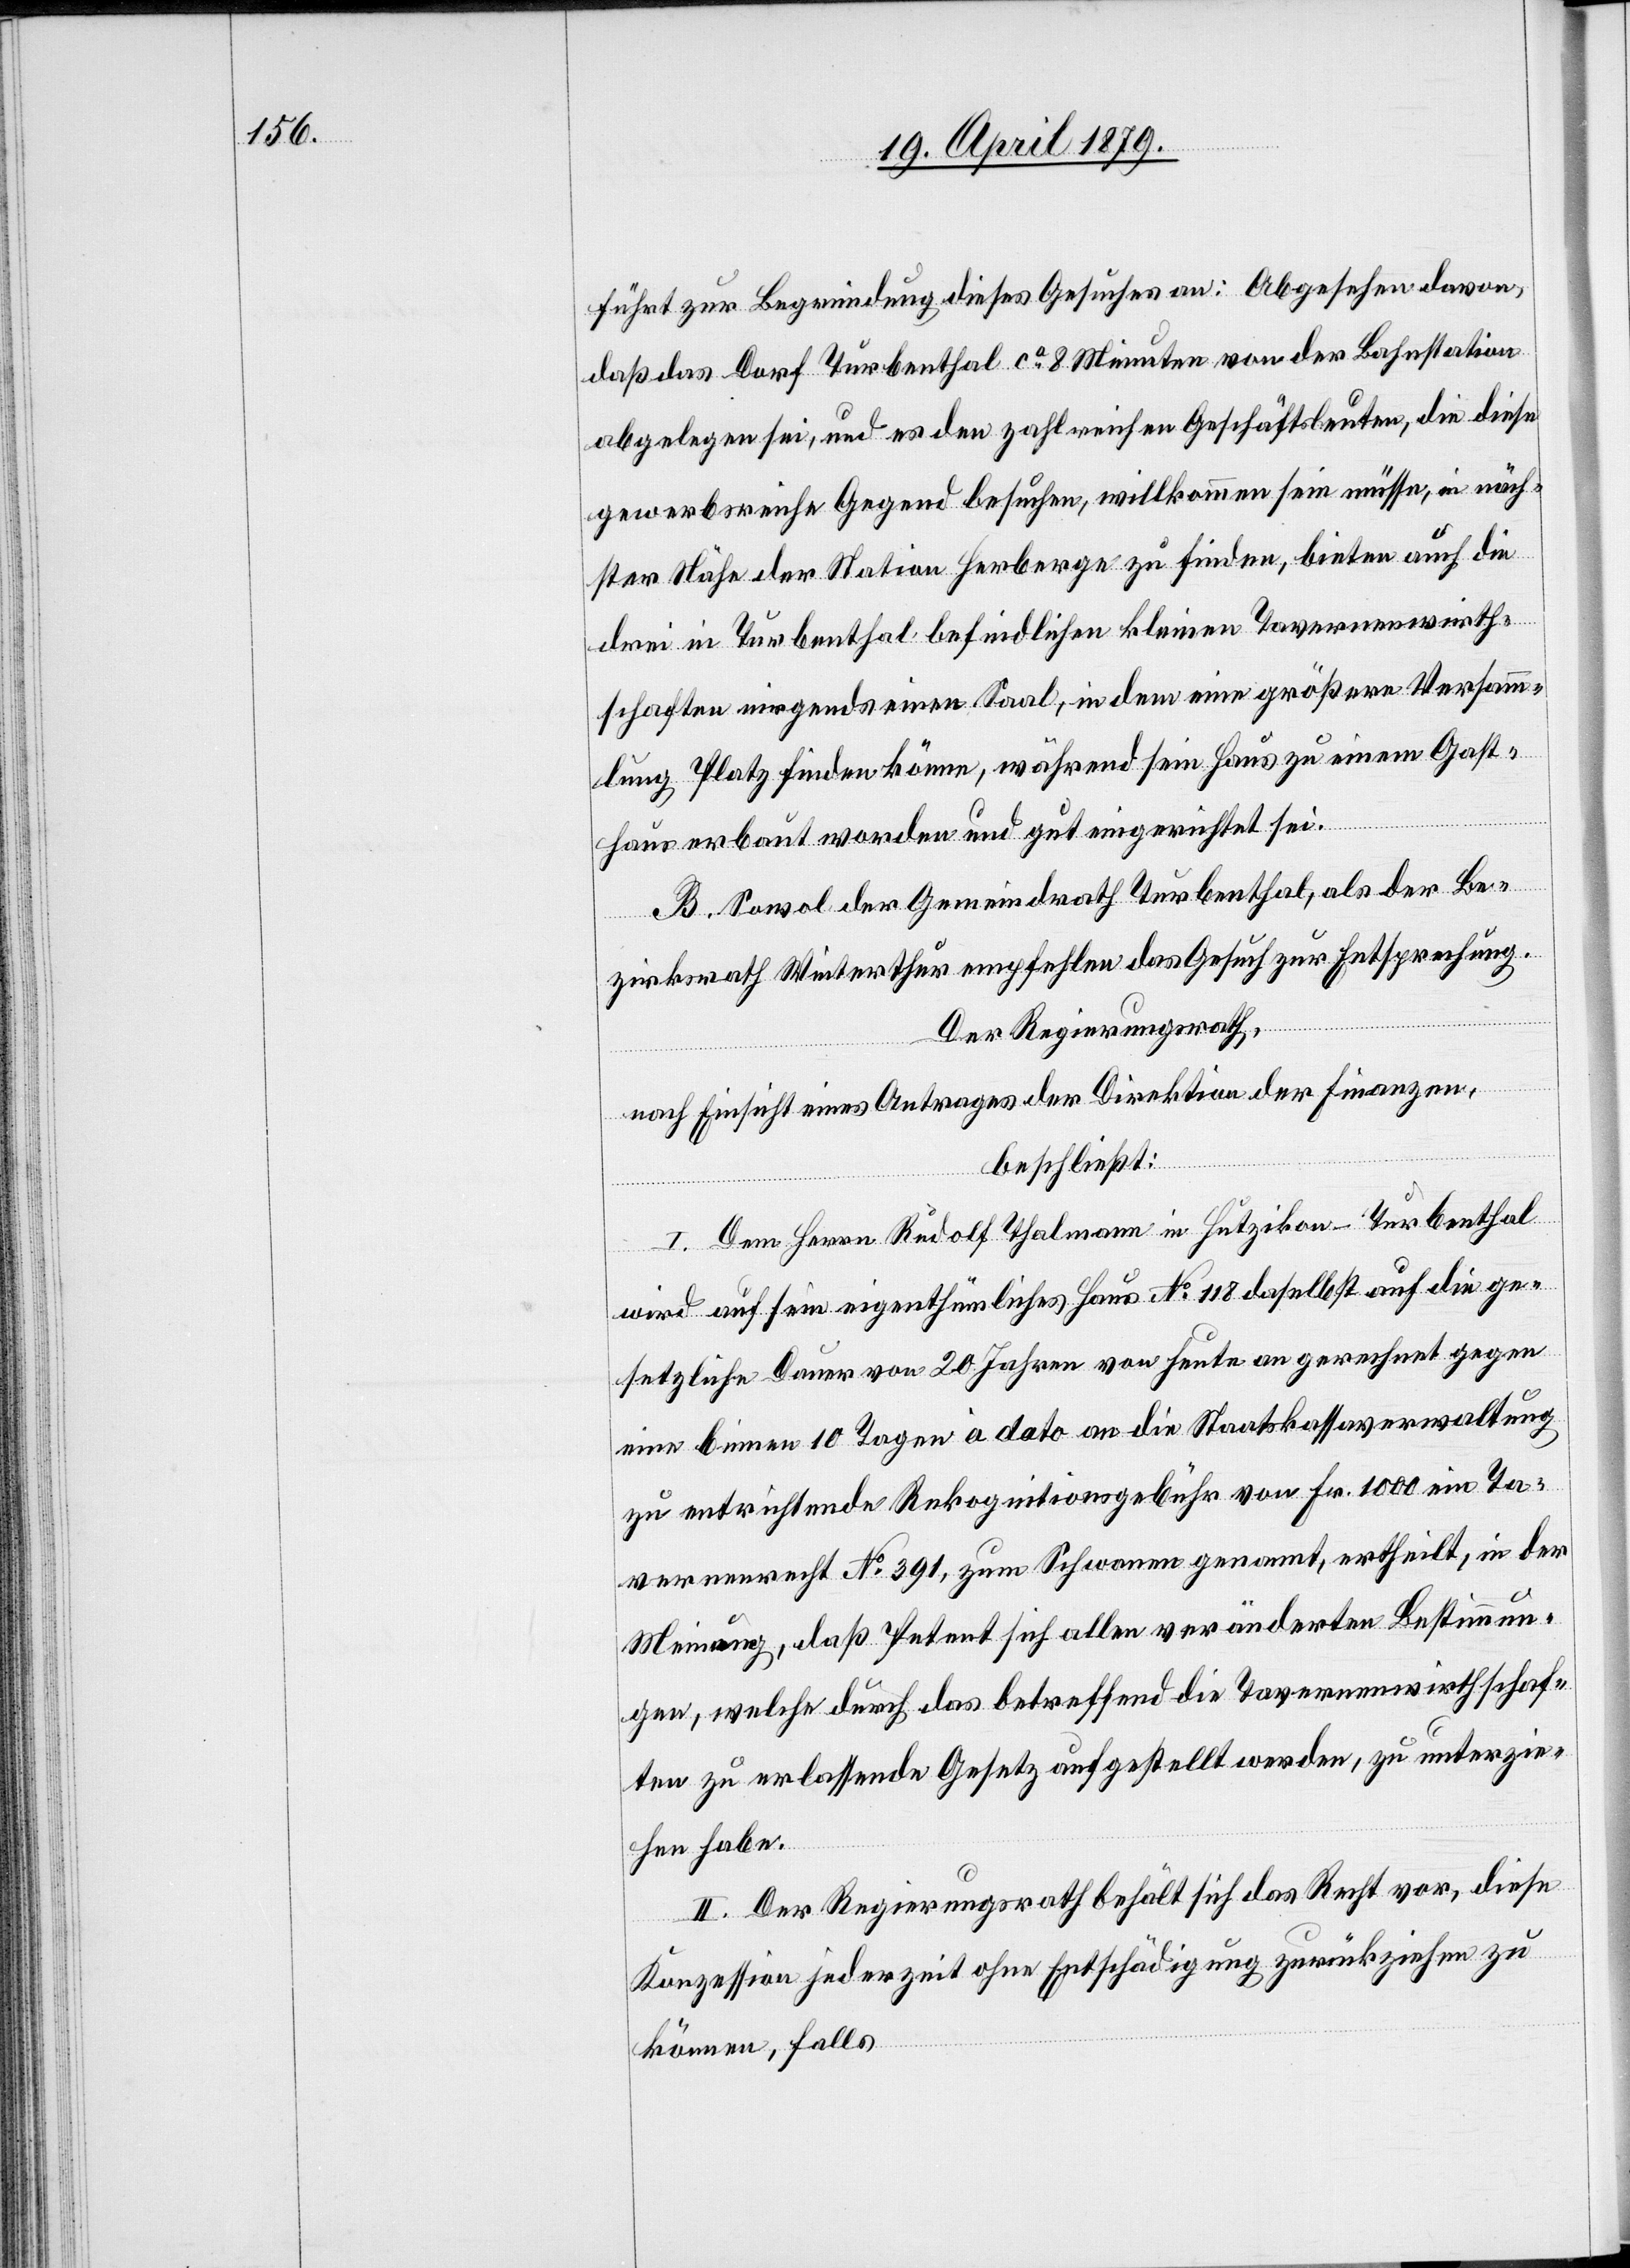
führt zur Begründung dieses Gesuches an: Abgesehen davon,
daß das Dorf Turbenthal ca 8 Minuten von der Bahnstation
abgelegen sei, und es den zahlreichen Geschäftsleuten, die diese
gewerbsreiche Gegend besuchen, willkommen sein müsse, in näch¬
ster Nähe der Station Herberge zu finden, bieten auch die
drei in Turbenthal befindlichen kleinen Tavernenwirth¬
schaften nirgends einen Saal, in dem eine größere Versamm¬
lung Platz finden könne, während sein Haus zu einem Gast¬
haus erbaut worden und gut eingerichtet sei.
B. Sowol der Gemeindrath Turbenthal, als der Be¬
zirksrath Winterthur empfehlen das Gesuch zur Entsprechung.
Der Regierungsrath,
nach Einsicht eines Antrages der Direktion der Finanzen,
beschließt:
I. Dem Herrn Rudolf Thalmann in Hutzikon - Turbenthal
wird auf sein eigenthümliches Haus No 118 daselbst auf die ge¬
setzliche Dauer von 20 Jahren von heute an gerechnet gegen
eine binnen 10 Tagen à dato an die Staatskassaverwaltung
zu entrichtende Rekognitionsgebühr von Fr. 1000 ein Ta¬
vernenrecht No 391, zum Schwanen genannt, ertheilt, in der
Meinung, daß Petent sich allen veränderten Bestimmun¬
gen, welche durch das betreffend die Tavernenwirthschaf¬
ten zu erlassende Gesetz aufgestellt werden, zu unterzie¬
hen habe.
II. Der Regierungsrath behält sich das Recht vor, diese
Konzession jederzeit ohne Entschädigung zurückziehen zu
können, falls